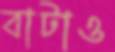
বাটাও